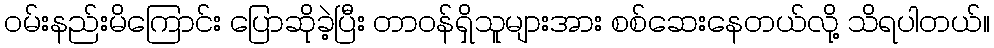
ဝမ်းနည်းမိကြောင်း ပြောဆိုခဲ့ပြီး တာဝန်ရှိသူများအား စစ်ဆေးနေတယ်လို့ သိရပါတယ်။